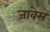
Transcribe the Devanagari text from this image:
जावेस